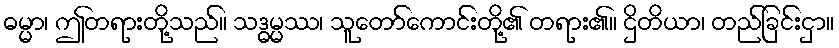
ဓမ္မာ၊ ဤတရားတို့သည်။ သဒ္ဓမ္မဿ၊ သူတော်ကောင်းတို့၏ တရား၏။ ဌိတိယာ၊ တည်ခြင်းငှာ။